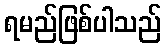
ရမည်ဖြစ်ပါသည်